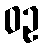
ဝဥ